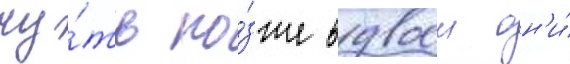
чу́ть по́зже вдвоем он'и́